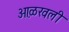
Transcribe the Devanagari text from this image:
ओ़ळखली